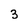
Character: 3